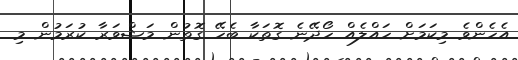
އެހެންވެ މިކަމަށް ހައްލެއް ހޯދޭނެ ގޮތަކާ ބެހޭ ގޮތުން މަޝްވަރާ ކުރަމުން މި